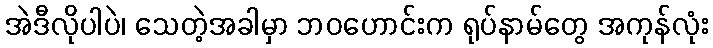
အဲဒီလိုပါပဲ၊ သေတဲ့အခါမှာ ဘဝဟောင်းက ရုပ်နာမ်တွေ အကုန်လုံး